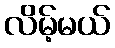
လိမ့်မယ်